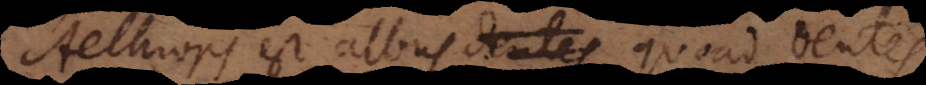
Aethiops est albus quoad dente